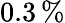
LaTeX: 0.3\, \%